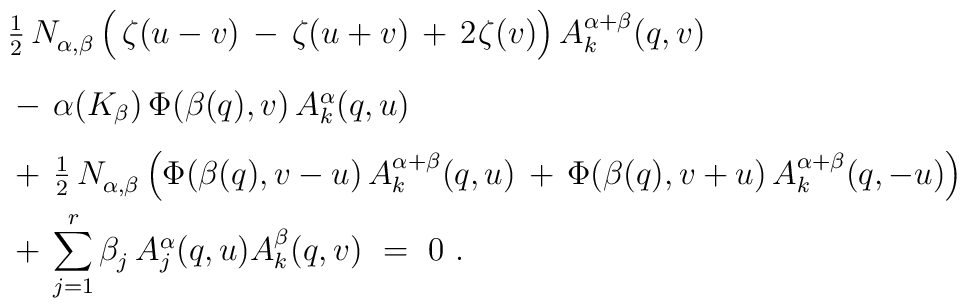
\begin{array}{l}         {\textstyle \frac{1}{2}} \, N_{\alpha,\beta}^{} \,         \Bigl( \, \zeta(u-v) \,-\, \zeta(u+v) \,+\,                   2 \>\! \zeta(v) \Bigr) \, A_k^{\alpha+\beta}(q,v) \\[4mm]         \mbox{} - \, \alpha(K_\beta) \, \Phi(\beta(q),v) \,                      A_k^\alpha(q,u) \\[3mm]         \mbox{} + \, {\textstyle \frac{1}{2}} \, N_{\alpha,\beta}^{} \,                      \Bigl( \Phi(\beta(q),v-u) \,                             A_k^{\alpha+\beta}(q,u) \, + \,                             \Phi(\beta(q),v+u) \,                             A_k^{\alpha+\beta}(q,-u) \Bigr) \\[2mm]         \mbox{} + \, {\displaystyle \sum_{j=1}^r} \, \beta_j^{} \,                      A_j^\alpha(q,u) A_k^\beta(q,v)~=~0~.        \end{array}